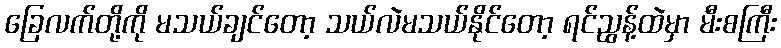
ခြေလက်တို့ကို မသယ်ချင်တော့ သယ်လဲမသယ်နိုင်တော့ ရင်ညွန့်ထဲမှာ မီးစကြီး